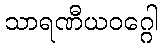
သာရဏီယဝဂ္ဂေါ